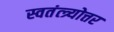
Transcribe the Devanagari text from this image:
स्वतंत्त्र्योत्तर